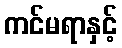
ကင်မရာနှင့်